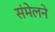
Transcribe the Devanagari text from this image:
संंमेलने